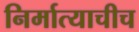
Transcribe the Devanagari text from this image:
निर्मात्याचीच